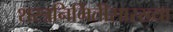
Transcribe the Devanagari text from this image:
शस्त्रनिर्मितीसारख्या